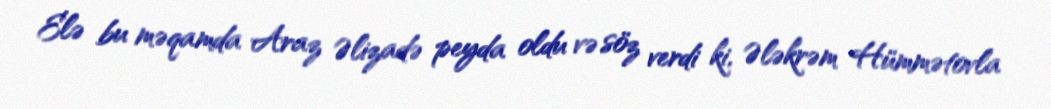
Elə bu məqamda Araz Əlizadə peyda oldu və söz verdi ki, Ələkrəm Hümmətovla